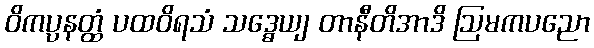
ဝိကပ္ပနတ္ထံ ပထဝိရသံ သဒ္ဓေယျ တာနီတိအာဒိ ဩမကပညော